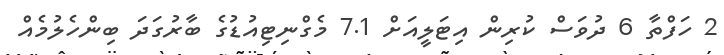
2 ހަފްތާ 6 ދުވަސް ކުރިން އިޓަލީއަށް 7.1 މެގްނިޓިއުޑުގެ ބާރުގަދަ ބިންހެލުމެއް